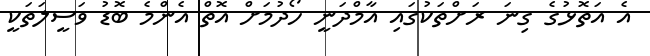
އެ އަތޮޅުގެ ގިނަ ރަށްތަކުގައި އާމްދަނީ ހޯދުމަށް އޮތް އެންމެ ބޮޑު ވަސީލަތަކީ